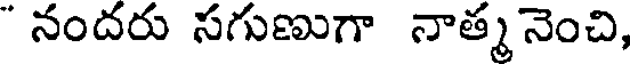
" నందరు సగుణుగా నాత్మ నెంచి,